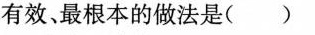
有效、最根本的做法是()